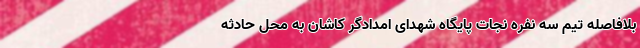
بلافاصله تیم سه نفره نجات پایگاه شهدای امدادگر کاشان به محل حادثه